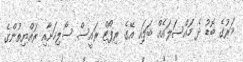
މަރުގެ ބޮޑު ދެ މައްސަލައެއް ބަލައި އޭގެ ރިޕޯޓް ރައީސް ސޯލިހަށާއި ރައްޔިތުންގެ